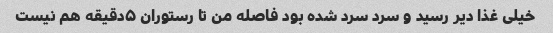
خیلی غذا دیر رسید و سرد سرد شده بود فاصله من تا رستوران ۵دقیقه هم نیست